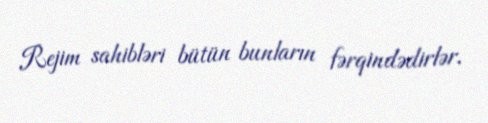
Rejim sahibləri bütün bunların fərqindədirlər.